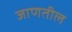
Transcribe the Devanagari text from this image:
जाणतील